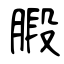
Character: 腶